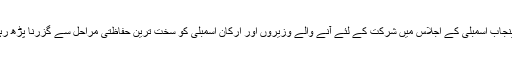
ادھر پنجاب اسمبلی کے اجلاس میں شرکت کے لئے آنے والے وزیروں اور ارکان اسمبلی کو سخت ترین حفاظتی مراحل سے گزرنا پڑھ رہا ہے۔